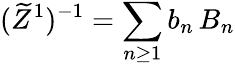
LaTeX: (\widetilde Z^{1})^{-1}=\sum_{n\ge 1}b_{n}\, B_{n}